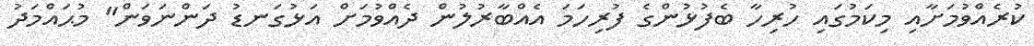
ކުރެއްވުމަށާއި މިކަމުގައި ހުރިހާ ބެފުޅުންގެ ފުރިހަމަ އެއްބާރުލުން ދެއްވުމަށް އަޅުގަނޑު ދަންނަވަން" މުޙައްމަދު